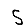
Digit: 5